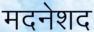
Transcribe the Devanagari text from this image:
मदनेशद